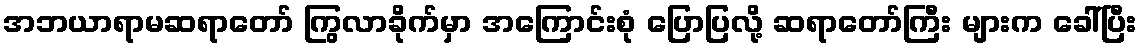
အဘယာရာမဆရာတော် ကြွလာခိုက်မှာ အကြောင်းစုံ ပြောပြလို့ ဆရာတော်ကြီး များက ခေါ်ပြီး